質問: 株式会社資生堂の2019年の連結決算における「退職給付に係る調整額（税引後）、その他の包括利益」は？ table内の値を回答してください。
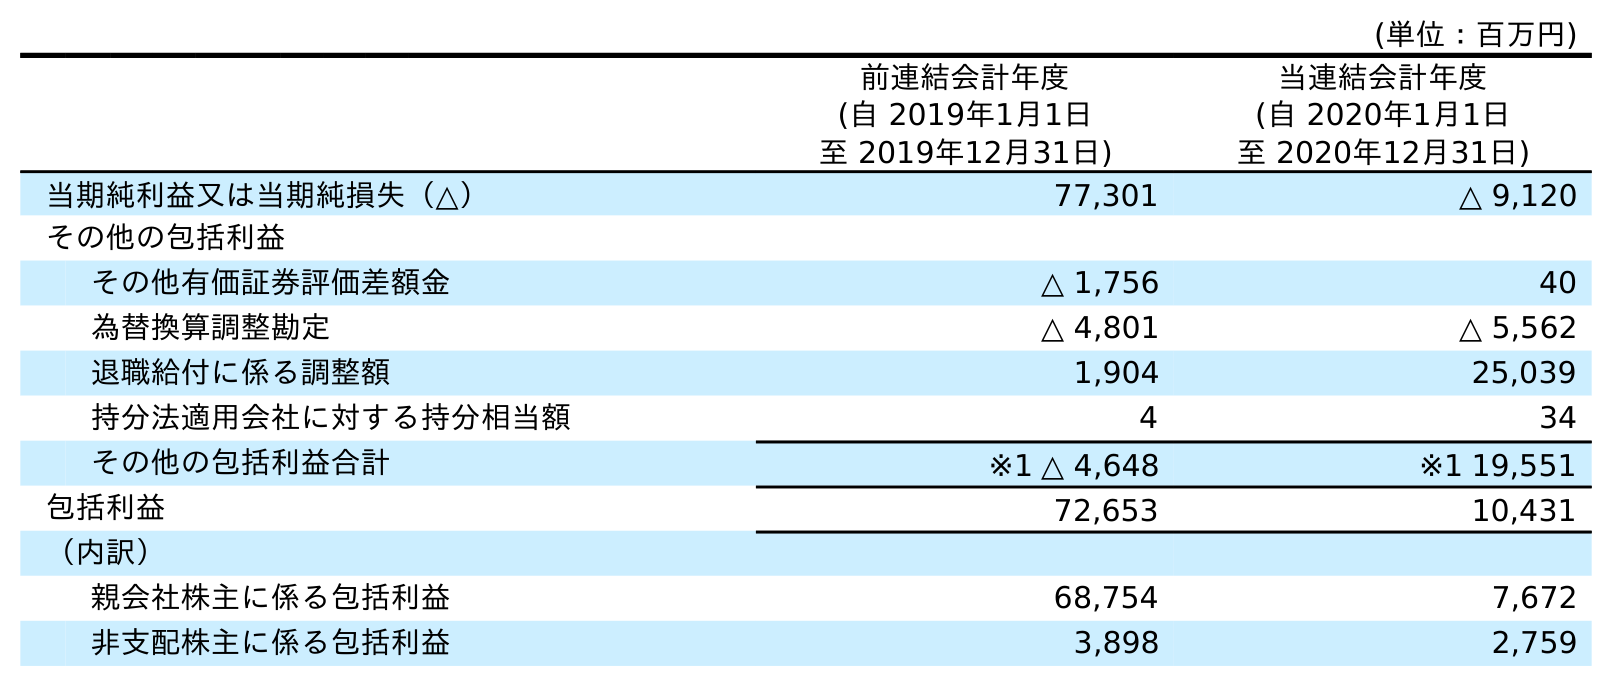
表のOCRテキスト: (単位：百万円) 前連結会計年度 (自 2019年1月1日 至 2019年12月31日) 当連結会計年度 (自 2020年1月1日 至 2020年12月31日) 当期純利益又は当期純損失（△） 77,301 △ 9,120 その他の包括利益 その他有価証券評価差額金 △ 1,756 40 為替換算調整勘定 △ 4,801 △ 5,562 退職給付に係る調整額 1,904 25,039 持分法適用会社に対する持分相当額 4 34 その他の包括利益合計 ※1 △ 4,648 ※1 19,551 包括利益 72,653 10,431 （内訳） 親会社株主に係る包括利益 68,754 7,672 非支配株主に係る包括利益 3,898 2,759
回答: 1,904